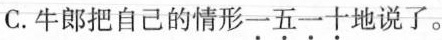
C.牛郎把自己的情形一五一十地说了。